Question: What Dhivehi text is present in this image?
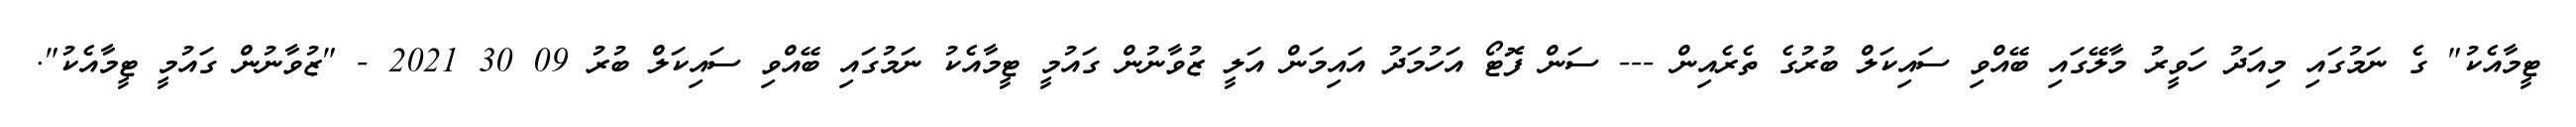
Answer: ޓީމާއެކު" ގެ ނަމުގައި މިއަދު ހަވީރު މާލޭގައި ބޭއްވި ސައިކަލް ބުރުގެ ތެރެއިން --- ސަން ފޮޓޯ އަހުމަދު އައިމަން އަލީ ޒުވާނުން ގައުމީ ޓީމާއެކު ނަމުގައި ބޭއްވި ސައިކަލް ބުރު 09 30 2021 - "ޒުވާނުން ގައުމީ ޓީމާއެކު".